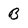
Character: B